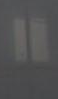
"